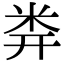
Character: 𥸶